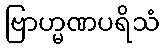
ဗြာဟ္မဏပရိသံ